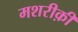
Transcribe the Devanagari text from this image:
मशरीक़ी